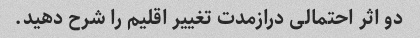
دو اثر احتمالی درازمدت تغییر اقلیم را شرح دهید.